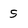
Character: 5